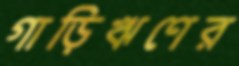
গাড়িঋণের